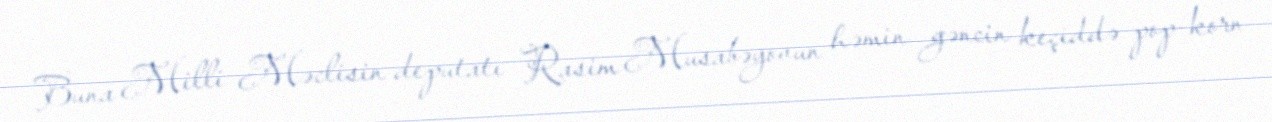
Buna Milli Məclisin deputatı Rasim Musabəyovun həmin gəncin keçiddə pop-korn